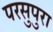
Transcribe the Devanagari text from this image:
परसुपुरा